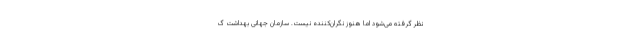
نظر گرفته می‌شود اما هنوز نگران‌کننده نیست. سازمان جهانی بهداشت گ